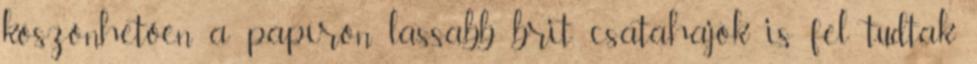
köszönhetően a papíron lassabb brit csatahajók is fel tudtak